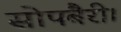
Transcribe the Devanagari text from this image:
सोपबैरी।